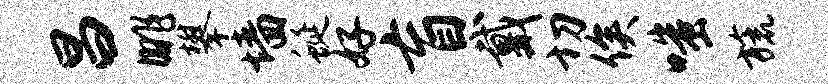
昌眺攀墙蜒好盲戴切俟嗤旒